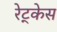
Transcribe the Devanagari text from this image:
रेट्केस